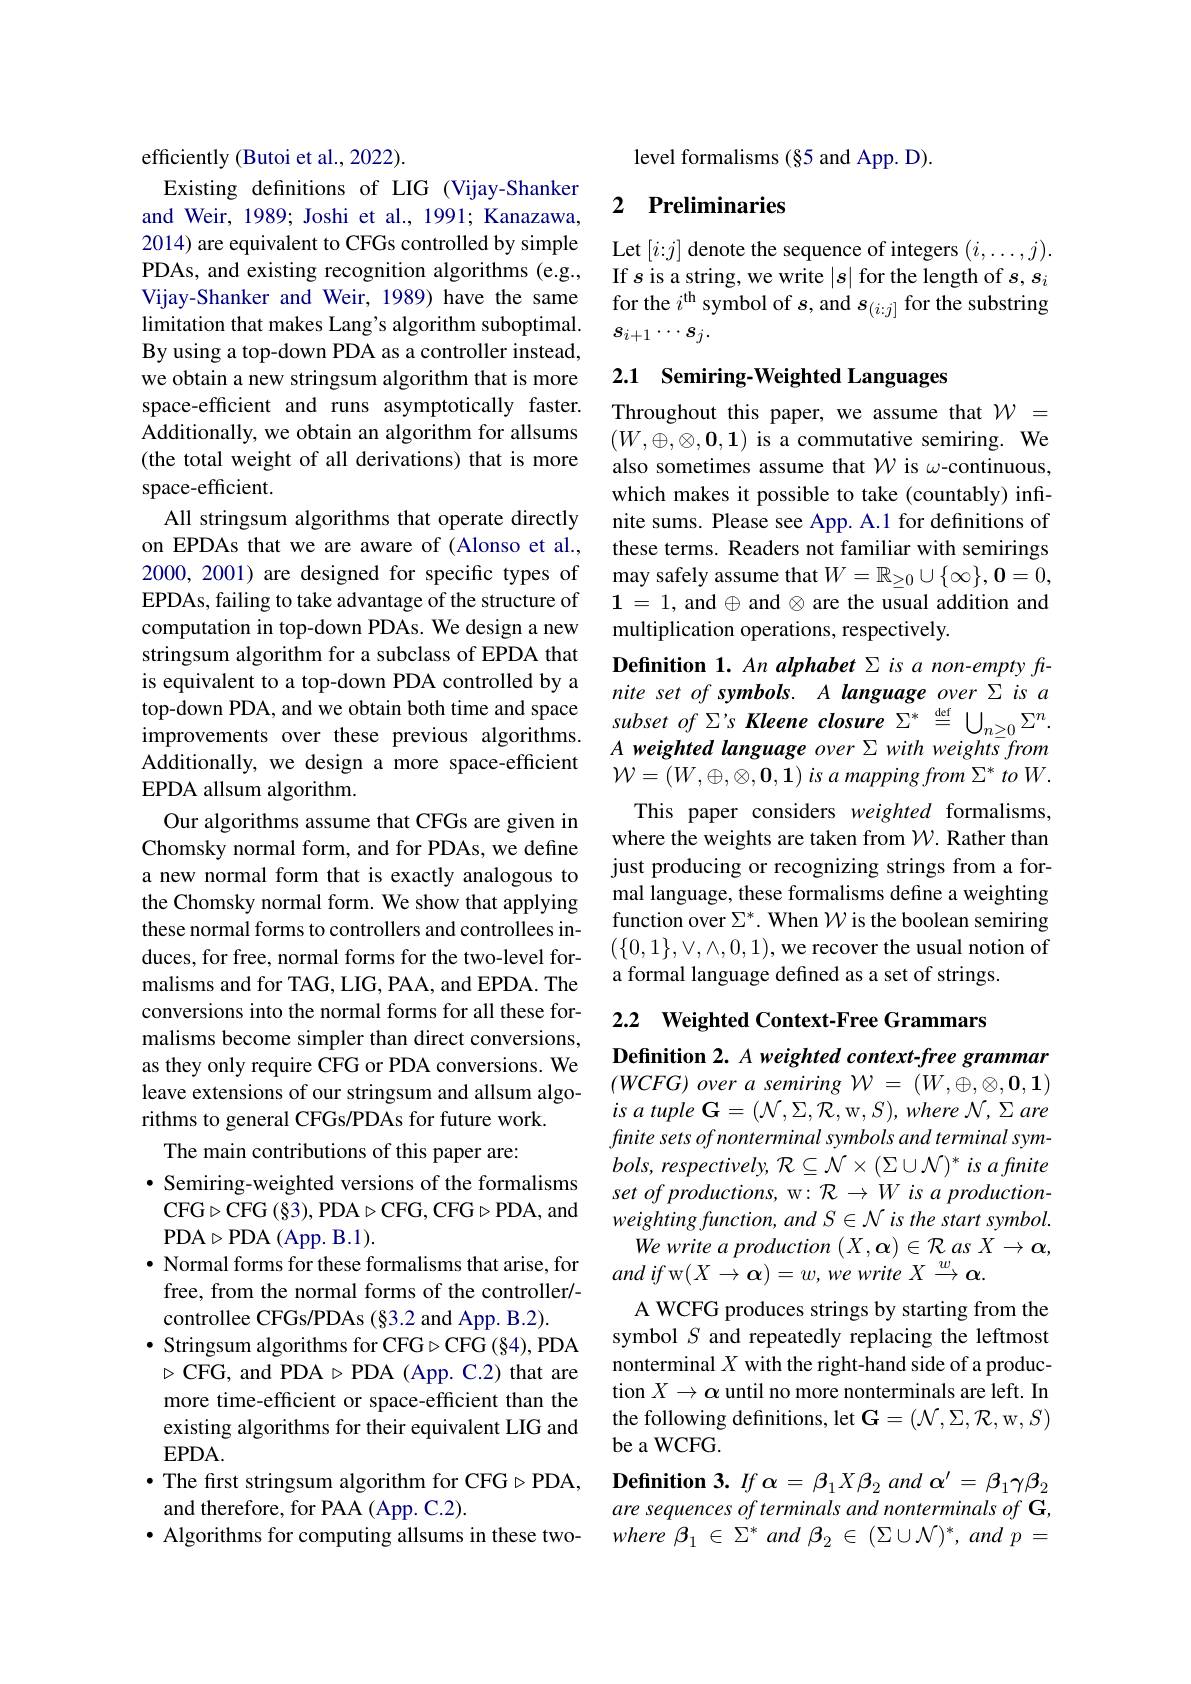
efficiently (Butoi et al., 2022).
Existing definitions of LIG (Vijay-Shanker and Weir, 1989; Joshi et al., 1991; Kanazawa, 2014) are equivalent to CFGs controlled by simple PDAs, and existing recognition algorithms (e.g., Vijay-Shanker and Weir, 1989) have the same limitation that makes Lang's algorithm suboptimal By using a top-down PDA as a controller instead, we obtain a new stringsum algorithm that is more space-efficient and runs asymptotically faster. Additionally, we obtain an algorithm for allsums (the total weight of all derivations) that is more space-efficient.
All stringsum algorithms that operate directly on EPDAs that we are aware of (Alonso et al., 2000, 2001) are designed for specific types of EPDAs, failing to take advantage of the structure of computation in top-down PDAs. We design a new stringsum algorithm for a subclass of EPDA that is equivalent to a top-down PDA controlled by a Additionally, we design a more space-efficient EPDA allsum algorithm.
Our algorithms assume that CFGs are given in Chomsky normal form, and for PDAs, we define a new normal form that is exactly analogous to the Chomsky normal form. We show that applying these normal forms to controllers and controllees induces, for free, normal forms for the two-level formalisms and for TAG, LIG, PAA, and EPDA. The conversions into the normal forms for all these formalisms become simpler than direct conversions, as they only require CFG or PDA conversions. We leave extensions of our stringsum and allsum algorithms to general CFGs/PDAs for future work.
The main contributions of this paper are:
$•$ Semiring-weighted versions of the formalisms CFG$\triangleright$CFG$( \S 3) $,PDA$\triangleright$CFG,CFG$\triangleright$PDA,and PDA$\triangleright$PDA (App. B.1).
$\bullet$ Normal forms for these formalisms that arise, for free, from the normal forms of the controller/- controllee CFGs/PDAs (§3.2 and App. B.2).
$\bullet$ Stringsum algorithms for CFG$\triangleright$CFG (§4), PDA $\triangleright$CFG, and PDA$\triangleright$PDA (App. C.2) that are more time-efficient or space-efficient than the existing algorithms for their equivalent LIG and EPDA.
$\bullet$ The frst stringsum algorithm for CFG$\triangleright$PDA,
and therefore, for PAA (App. C.2).
$\bullet$ Algorithms for computing allsums in these two-

level formalisms (§5 and App. D).

## 2 Preliminaries

Let $[i{:}j]$ denote the sequence of integers $(i,\ldots,j).$ If $s$ is a string, we write $|s|$ for the length of $s,s_i$ for the $i^\mathrm{th}$ symbol of $s$,and $s_(i:j]$ for the substring $s_{i+1}\cdots s_j.$

## 2.1 Semiring-Weighted Languages

Throughout this paper, we assume that $\mathcal{W}=$ $(W,\oplus,\otimes,\mathbf{0},\mathbf{1})$ is a commutative semiring. We also sometimes assume that $\mathcal{W}$ is $\omega$-continuous, which makes it possible to take (countably) infinite sums. Please see App. A.1 for definitions of these terms. Readers not familiar with semirings may safely assume that $W=\mathbb{R}_\geq0\cup\{\infty\},\mathbf{0}=0$, $\mathbf{1}=1$, and $\oplus$ and $\otimes$ are the usual addition and multiplication operations, respectively.
Definition 1. An alphabet Σ is a non-empty frnite set of symbols. A language over Σis a
top-down PDA, and we obtain both time and space $subset of \Sigma ^{\prime }s Kleene closure \Sigma ^{\ast } \overset {\mathrm{def}}{\operatorname* { = } }\bigcup _{n\geq 0}\Sigma ^{n}.$improvements over these previous algorithms. $A weishted laneuage over \Sigma with weishts from ( 1. 2) ( 1. 2) ( 1. 2) ( 1. 2) ( 1. 2) ( 1. 2) ( 1. 2) ( 1. 2) $
A weighted language over Σwith weights from $\mathcal{W} = \left ( W, \oplus , \otimes , \mathbf{0} , \mathbf{1} \right ) is\textit{a mapping from }\Sigma ^{* }toW.$
This paper considers weighted formalisms, where the weights are taken from $\mathcal{W}.$ Rather than just producing or recognizing strings from a formal language, these formalisms define a weighting function over $\Sigma^*.$ When $\mathcal{W}$ is the boolean semiring $(\{0,1\},\vee,\wedge,0,1)$,we recover the usual notion of a formal language defined as a set of strings.

2.2 $\textbf{Weighted Context- Free Grammars}$

Definition 2. A weighted context-free grammar $( WCFG) \textit{ over a semiring }\mathcal{W} = ( W, \oplus , \otimes , \mathbf{0} , \mathbf{1} )$ $is$ $a$ tuple $\mathbf{G} = ( \mathcal{N} , \Sigma , \mathcal{R} $,w$, S) , where$ $\mathcal{N} , \Sigma$ are finite sets of nonterminal symbols and terminal sym- $bols, respectively, \mathcal{R} \subseteq \mathcal{N} \times ( \Sigma \cup \mathcal{N} ) ^* is\textit{afı nite}$ set of productions, w: R → W is a productionweighting function, and S $\in \mathcal{N} \textit{ is the start symbol. }$
We write a production $(X,\boldsymbol{\alpha})\in\mathcal{R}$ as $X\to\boldsymbol\alpha$,
andifw$( X\to \boldsymbol{\alpha }) = w, wewrite$ $X\xrightarrow{w}\alpha .$
A WCFG produces strings by starting from the symbol $S$ and repeatedly replacing the leftmost nonterminal $X$ with the right-hand side of a production $X\to\boldsymbol\alpha$ until no more nonterminals are left. In the following definitions, let $\mathbf{G}=(\mathcal{N},\Sigma,\mathcal{R}$,w$,S)$ be a WCFG.
$\textbf{Definition 3. }If$ $\alpha = \beta _{1}X\beta _{2}$ and $\alpha ^{\prime }= \beta _{1}\gamma \beta _{2}$ are sequences of terminals and nonterminals of G, where $\beta _{1}$ $\in$ $\Sigma ^{* }$ and $\beta _{2}$ $\in$ $( \Sigma \cup \mathcal{N} ) ^{* }$, and $p$ =